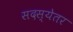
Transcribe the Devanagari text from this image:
सदस्येतर